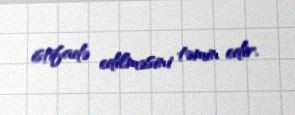
istifadə edilməsini təmin edir.